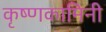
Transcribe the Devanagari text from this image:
कृष्णकामिनी